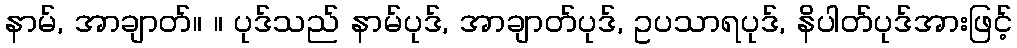
နာမ်, အာချာတ်။ ။ ပုဒ်သည် နာမ်ပုဒ်, အာချာတ်ပုဒ်, ဥပသာရပုဒ်, နိပါတ်ပုဒ်အားဖြင့်